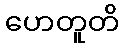
ဟေတူတိ